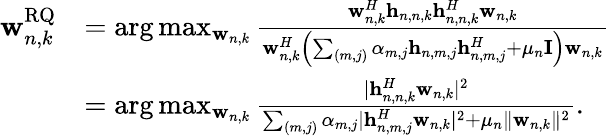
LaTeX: \begin{array}{rl}{\mathbf{w}_{n,k}^{\mathrm{RQ}}}&{=\arg\operatorname*{max}_{\mathbf{w}_{n,k}}\frac{\mathbf{w}_{n,k}^{H}\mathbf{h}_{n,n,k}\mathbf{h}_{n,n,k}^{H}\mathbf{w}_{n,k}}{\mathbf{w}_{n,k}^{H}\left(\sum_{(m,j)}\alpha_{m,j}\mathbf{h}_{n,m,j}\mathbf{h}_{n,m,j}^{H}+\mu_{n}\mathbf{I}\right)\mathbf{w}_{n,k}}}\\ &{=\arg\operatorname*{max}_{\mathbf{w}_{n,k}}\frac{|\mathbf{h}_{n,n,k}^{H}\mathbf{w}_{n,k}|^{2}}{\sum_{(m,j)}\alpha_{m,j}|\mathbf{h}_{n,m,j}^{H}\mathbf{w}_{n,k}|^{2}+\mu_{n}\| \mathbf{w}_{n,k}\| ^{2}}.}\end{array}